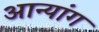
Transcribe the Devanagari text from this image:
आन्यांग